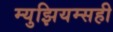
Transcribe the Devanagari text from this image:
म्युझियम्सही